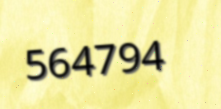
564794